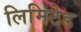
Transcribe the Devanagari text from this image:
लिमिटेड